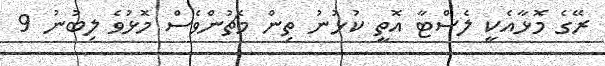
ރޭގެ މޮޅާއެކީ ލެސްޓާ އޮތީ ކުޅުނު ތިން މެޗުންވެސް މޮޅުވެ ލިބުނު 9